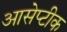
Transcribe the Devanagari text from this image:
आसेप्टीक